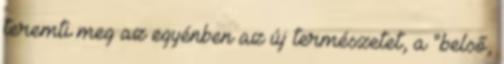
teremti meg az egyénben az új természetet, a "belső,